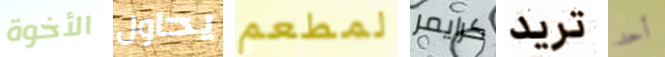
الأخوة يحاول لمطعم كرايمر تريد أحد